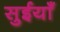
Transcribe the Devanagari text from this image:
सुईयाँ